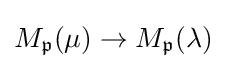
M_{\mathfrak {p}}(\mu )\to M_{\mathfrak {p}}(\lambda )